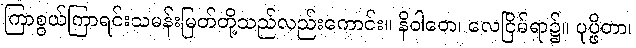
ကြာစွယ်ကြာရင်းသမန်းမြတ်တို့သည်လည်းကောင်း။ နိဝါတေ၊ လေငြိမ်ရာ၌။ ပုပ္ဖိတာ၊